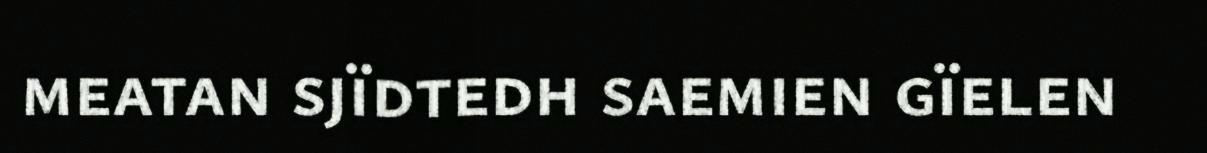
meatan sjïdtedh saemien gïelen